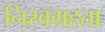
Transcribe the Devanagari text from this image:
निरवग्रहता